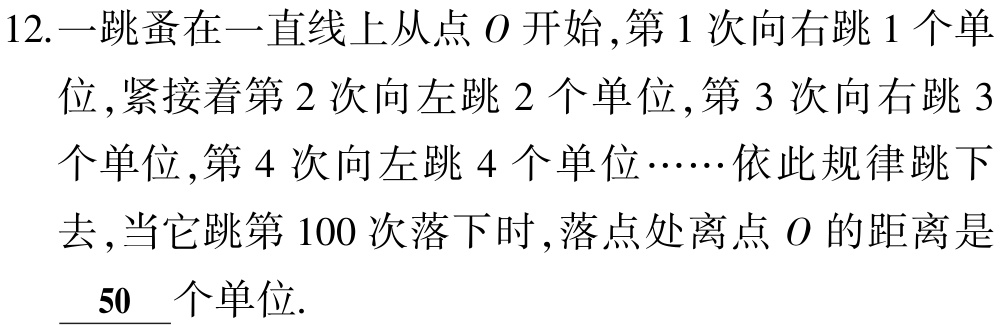
12.一跳蚤在一直线上从点\(O\)开始,第\(1\)次向右跳\(1\)个单位,紧接着第\(2\)次向左跳\(2\)个单位,第\(3\)次向右跳\(3\)个单位,第\(4\)次向左跳\(4\)个单位……依此规律跳下去,当它跳第\(100\)次落下时,落点处离点\(O\)的距离是___\(50\)___个单位.